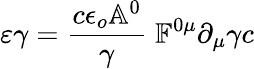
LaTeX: \varepsilon\gamma=\frac{c\epsilon_{o}\mathbb{A}^{0}}{\gamma}\; \mathbb{F}^{0\mu}\partial_{\mu}\gamma c